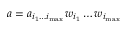
a = a _ { i _ { 1 } \dots i _ { \mathrm { m a x } } } w _ { i _ { 1 } } \dots w _ { i _ { \mathrm { m a x } } }